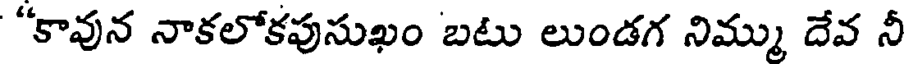
"కావున నాకలోకపుసుఖం బటు లుండగ నిమ్ము దేవ నీ